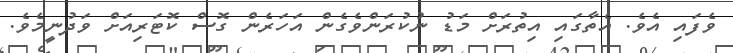
ވެފައި އެވެ. އެތާގައި އިތުރަށް މަޑު ނުކުރަންވެގެން އަހަރެން ގޮސް ކޮޓަރިއަށް ވަދުނީމެވެ.